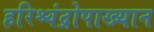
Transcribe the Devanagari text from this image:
हरिश्चंद्रोपाख्यान